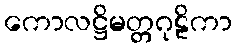
ကောလဋ္ဌိမတ္တဂုဠိကာ